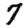
Digit: 7